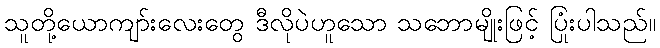
သူတို့ယောကျာ်းလေးတွေ ဒီလိုပဲဟူသော သဘောမျိုးဖြင့် ပြုံးပါသည်။